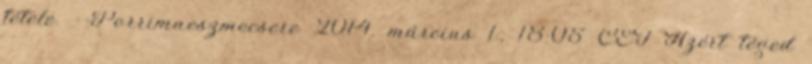
tétele. --Porrimaeszmecsere 2014. március 1., 18:05 CET Azért téged